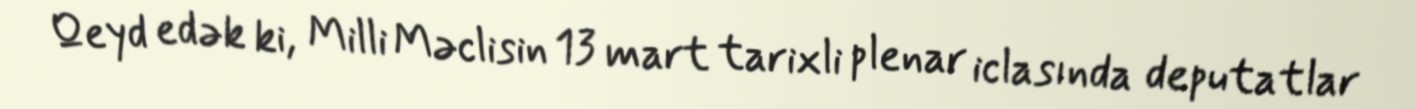
Qeyd edək ki, Milli Məclisin 13 mart tarixli plenar iclasında deputatlar